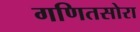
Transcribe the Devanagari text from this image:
गणितसोरा